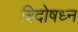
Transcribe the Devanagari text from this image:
त्रिदोषध्न